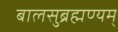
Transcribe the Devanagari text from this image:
बालसुब्रह्मण्यम्